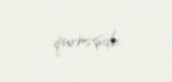
qurmuşdu.